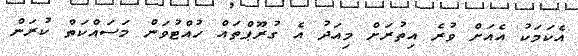
އެކަމަކު އެއަށް ވުރެ އިތުރަށް މިއަދު އެ ގުރޫޕްތައް ހުއްޓުވަން މަސައްކަތް ކުރަން